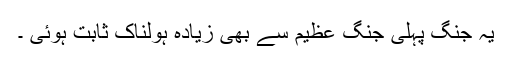
یہ جنگ پہلی جنگ عظیم سے بھی زیادہ ہولناک ثابت ہوئی ۔